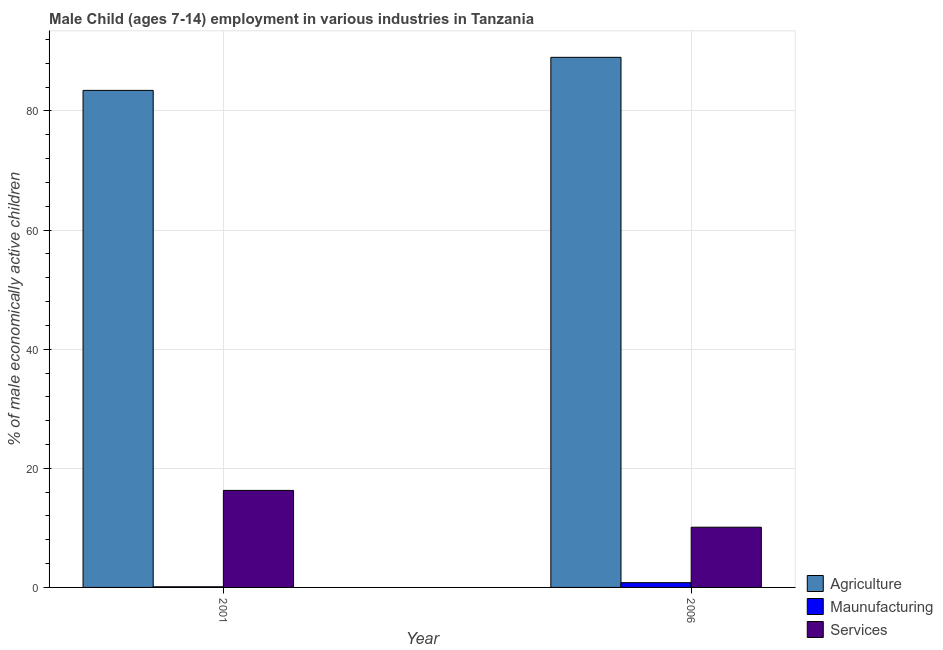
| Year | Agriculture | Maunufacturing | Services |
 | --- | --- | --- | --- |
 | 2001 | 83.5 | 0.107 | 16.3 |
 | 2006 | 89 | 0.8 | 10.1 |